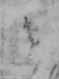
と